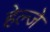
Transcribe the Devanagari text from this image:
हेल्जे